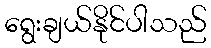
ရွေးချယ်နိုင်ပါသည်